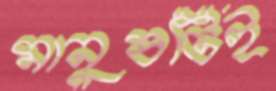
মানুষটিই